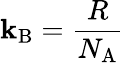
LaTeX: \mathbf{k}_{\mathrm{{B}}}={\frac{{R}}{{N_{\mathrm{{A}}}}}}